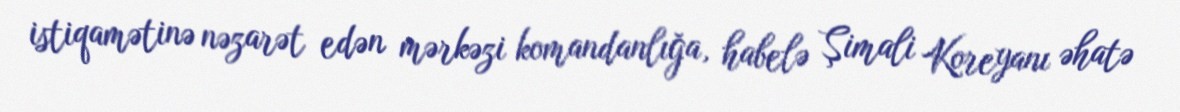
istiqamətinə nəzarət edən mərkəzi komandanlığa, habelə Şimali Koreyanı əhatə